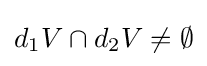
d_{1}V\cap d_{2}V\neq \emptyset